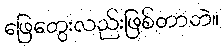
ဖြေတွေးလည်းဖြစ်တာဘဲ။